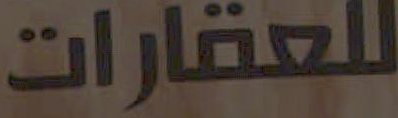
للعقارات